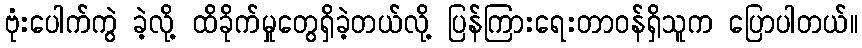
ဗုံးပေါက်ကွဲ ခဲ့လို့ ထိခိုက်မှုတွေရှိခဲ့တယ်လို့ ပြန်ကြားရေးတာဝန်ရှိသူက ပြောပါတယ်။